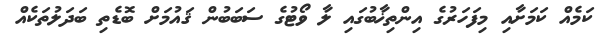
ކަމެއް ކަމަށާއި މިފަހަރުގެ އިންތިޚާބުގައި ލާ ވޯޓުގެ ސަބަބުން ޤައުމަށް ބޮޑެތި ބަދަލުތަކެއް